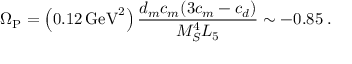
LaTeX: \Omega _ { \mathrm { P } } = \left( 0 . 1 2 \, \mathrm { G e V } ^ { 2 } \right) { \frac { d _ { m } c _ { m } ( 3 c _ { m } - c _ { d } ) } { M _ { S } ^ { 4 } L _ { 5 } } } \sim - 0 . 8 5 \; .